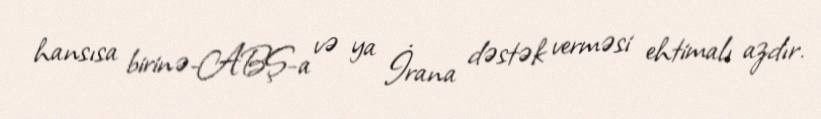
hansısa birinə-ABŞ-a və ya İrana dəstək verməsi ehtimalı azdır.